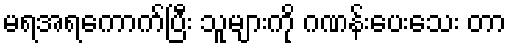
မရအရကောက်ပြီး သူများကို ဂဏန်းပေးသေး တာ